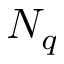
N _ { q }